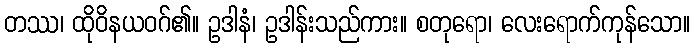
တဿ၊ ထိုဝိနယဝဂ်၏။ ဥဒါနံ၊ ဥဒါန်းသည်ကား။ စတုရော၊ လေးရောက်ကုန်သော။